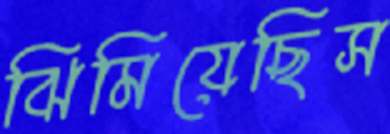
ঝিমিয়েছিস